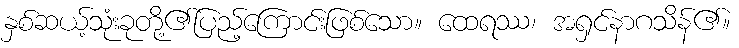
နှစ်ဆယ့်သုံးခုတို့၏ပြည့်ကြောင်းဖြစ်သော။ ထေရဿ၊ အရှင်နာဂသိန်၏။